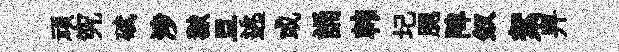
頑究碔涉獄旦逃或誦韩圮腮陴釵絮畀